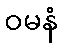
ဝမနံ